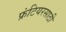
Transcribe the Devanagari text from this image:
फ्रंटियरसाठी